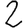
Digit: 2